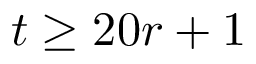
t \geq 2 0 r + 1